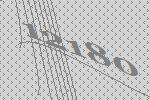
12180